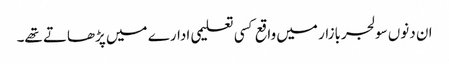
ان دنوں سولجربازار میں واقع کسی تعلیمی ادارے میں پڑھاتے تھے۔